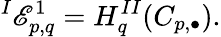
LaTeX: {}^{I}\mathscr{E}_{p,q}^{1}=H_{q}^{II}(C_{p,\bullet}).